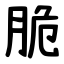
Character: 脆